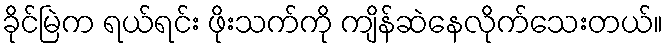
ခိုင်မြဲက ရယ်ရင်း ဖိုးသက်ကို ကျိန်ဆဲနေလိုက်သေးတယ်။